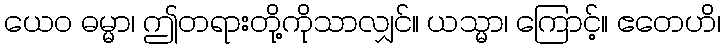
ယေဝ ဓမ္မာ၊ ဤတရားတို့ကိုသာလျှင်။ ယသ္မာ၊ ကြောင့်။ ဧတေဟိ၊